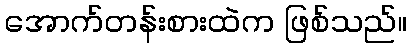
အောက်တန်းစားထဲက ဖြစ်သည်။